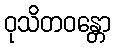
ဝုသိတဝန္တော